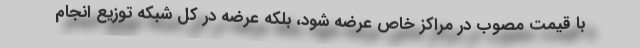
با قیمت مصوب در مراکز خاص عرضه شود، بلکه عرضه در کل شبکه توزیع انجام